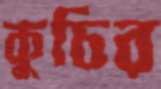
কুচির